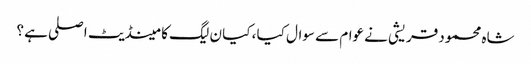
شاہ محمود قریشی نے عوام سے سوال کیا ، کیا ن لیگ کا مینڈیٹ اصلی ہے ؟